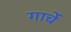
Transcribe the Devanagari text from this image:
गार्चे